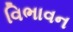
વિભાવન